Annual report on the working of the lock hospitals in the Central Provinces
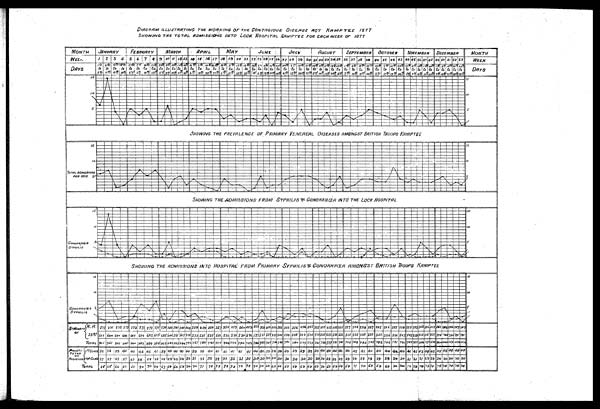
DIAGRAM ILLUSTRATI THE WORKING OF THE CONTAGIOUS DISEASE ACT KAMPTEE 1877
SHOWING THE TOTAL ADMISSIONS INTO Lock HOSPITAL KAMPTEE FOR EACH WEEK OF 1877
SHOWING THE ADMISSIONS FROM SYPHILIS GONORRHŒA INTO THE LOCK HOSPITAL
SHOWING THE ADMISSIONS INTO HOSPITAL FROM PRIMARY SVPHILIS GONORRHŒA AMONGST BRITISH TROOPS KAMPTEE